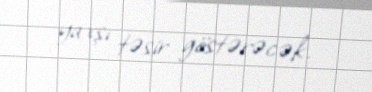
yaxşı təsir göstərəcək.